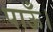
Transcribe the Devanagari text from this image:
पाऊँ।